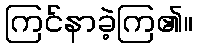
ကြင်နာခဲ့ကြ၏။